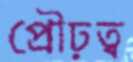
প্রৌঢ়ত্ব